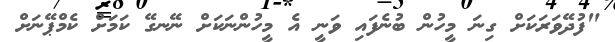
"ފުދޭވަރަކަށް ގިނަ މީހުން ބުނެފައި ވަނީ އެ މީހުންނަކަށް ނޭނގޭ ކަމަށް ކެމްޕޭނަށް